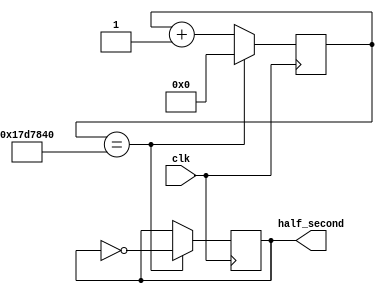
`timescale 1ns / 1ps

module HalfSecond(
    input clk,
    output reg half_second
);

reg [25:0] second_divider = 0;

always @(posedge clk) 
begin
    if(second_divider == 25000000) begin 
        half_second <= ~half_second;
        second_divider <= 0;
    end
    else
    second_divider <= second_divider + 1;
end
endmodule